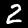
Digit: 2